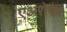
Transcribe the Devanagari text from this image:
एअरोगैल